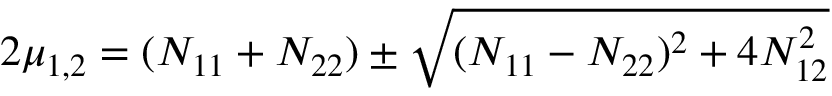
2 \mu _ { 1 , 2 } = ( N _ { 1 1 } + N _ { 2 2 } ) \pm \sqrt { ( N _ { 1 1 } - N _ { 2 2 } ) ^ { 2 } + 4 N _ { 1 2 } ^ { 2 } }